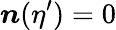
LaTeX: \boldsymbol{n}(\eta^{\prime})=0